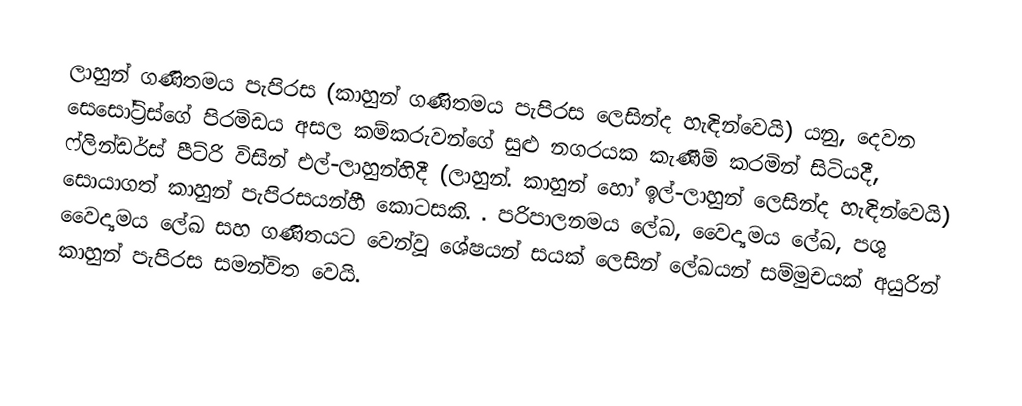
ලාහුන් ගණිතමය පැපිරස (කාහුන් ගණිතමය පැපිරස ලෙසින්ද හැඳින්වෙයි) යනු,  දෙවන සෙසෝට්‍රිස්ගේ පිරමිඩය අසල කම්කරුවන්ගේ සුළු නගරයක කැණීම් කරමින් සිටියදී, ෆ්ලින්ඩර්ස් පීට්රි  විසින් එල්-ලාහුන්හිදී (ලාහුන්. කාහුන් හෝ ඉල්-ලාහුන් ලෙසින්ද හැඳින්වෙයි)  සොයාගත් කාහුන් පැපිරසයන්හී කොටසකි. . පරිපාලනමය ලේඛ, වෛද්‍යමය ලේඛ, පශු වෛද්‍යමය ලේඛ සහ ගණිතයට වෙන්වූ ශේෂයන් සයක් ලෙසින් ලේඛයන් සම්මුචයක් අයුරින් කාහුන් පැපිරස සමන්විත වෙයි.